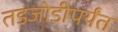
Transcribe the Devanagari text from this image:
तडजोडीपर्यंत